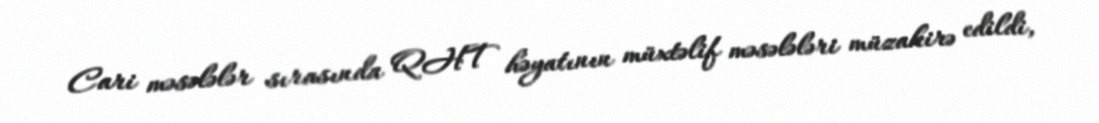
Cari məsələlər sırasında QHT həyatının müxtəlif məsələləri müzakirə edildi,